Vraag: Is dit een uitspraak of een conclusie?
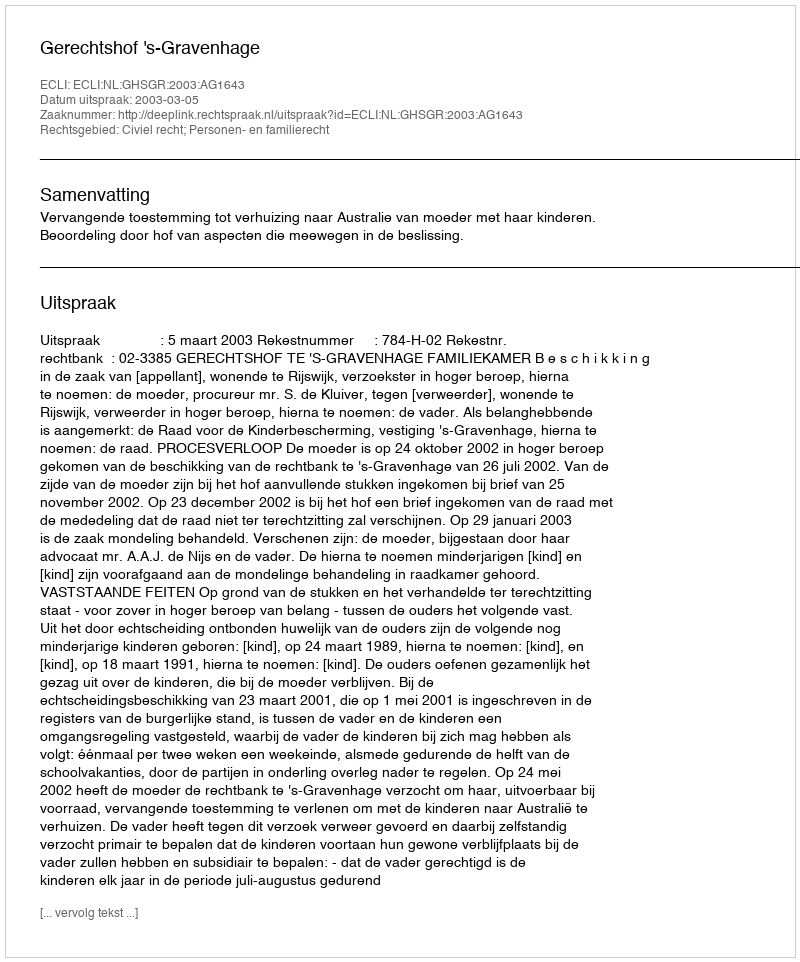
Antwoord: Uitspraak